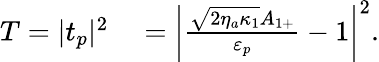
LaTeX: \begin{array}{rl}{T=|t_{p}|^{2}}&{{}=\left|\frac{\sqrt{2\eta_{a}\kappa_{1}}A_{1+}}{\varepsilon_{p}}-1\right|^{2}.}\end{array}